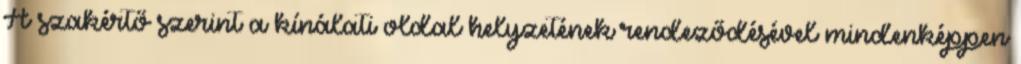
A szakértő szerint a kínálati oldal helyzetének rendeződésével mindenképpen